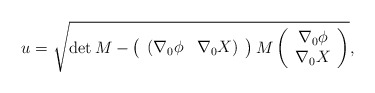
\begin{align*}u = \sqrt{ \det{M} - \left(\begin{array}{cc}(\nabla_0\phi & \nabla_0 X) \end{array}\right) M \left(\begin{array}{c}\nabla_0\phi \\ \nabla_0 X \end{array}\right)},\end{align*}